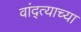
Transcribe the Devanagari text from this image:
वांद्त्‍याच्या